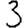
Digit: 3